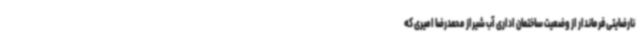
نارضایتی فرماندار از وضعیت ساختمان اداری آب شیراز محمدرضا امیری که